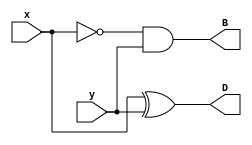
module Lab2_half_sub_gatelevel(output D,B,input x,y);
	and(B,~x,y);
	xor(D,x,y);	
endmodule